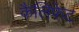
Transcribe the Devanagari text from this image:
कैलिफेट